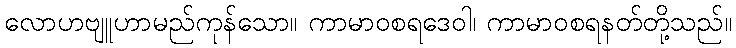
လောဟဗျူဟာမည်ကုန်သော။ ကာမာဝစရဒေဝါ၊ ကာမာဝစရနတ်တို့သည်။